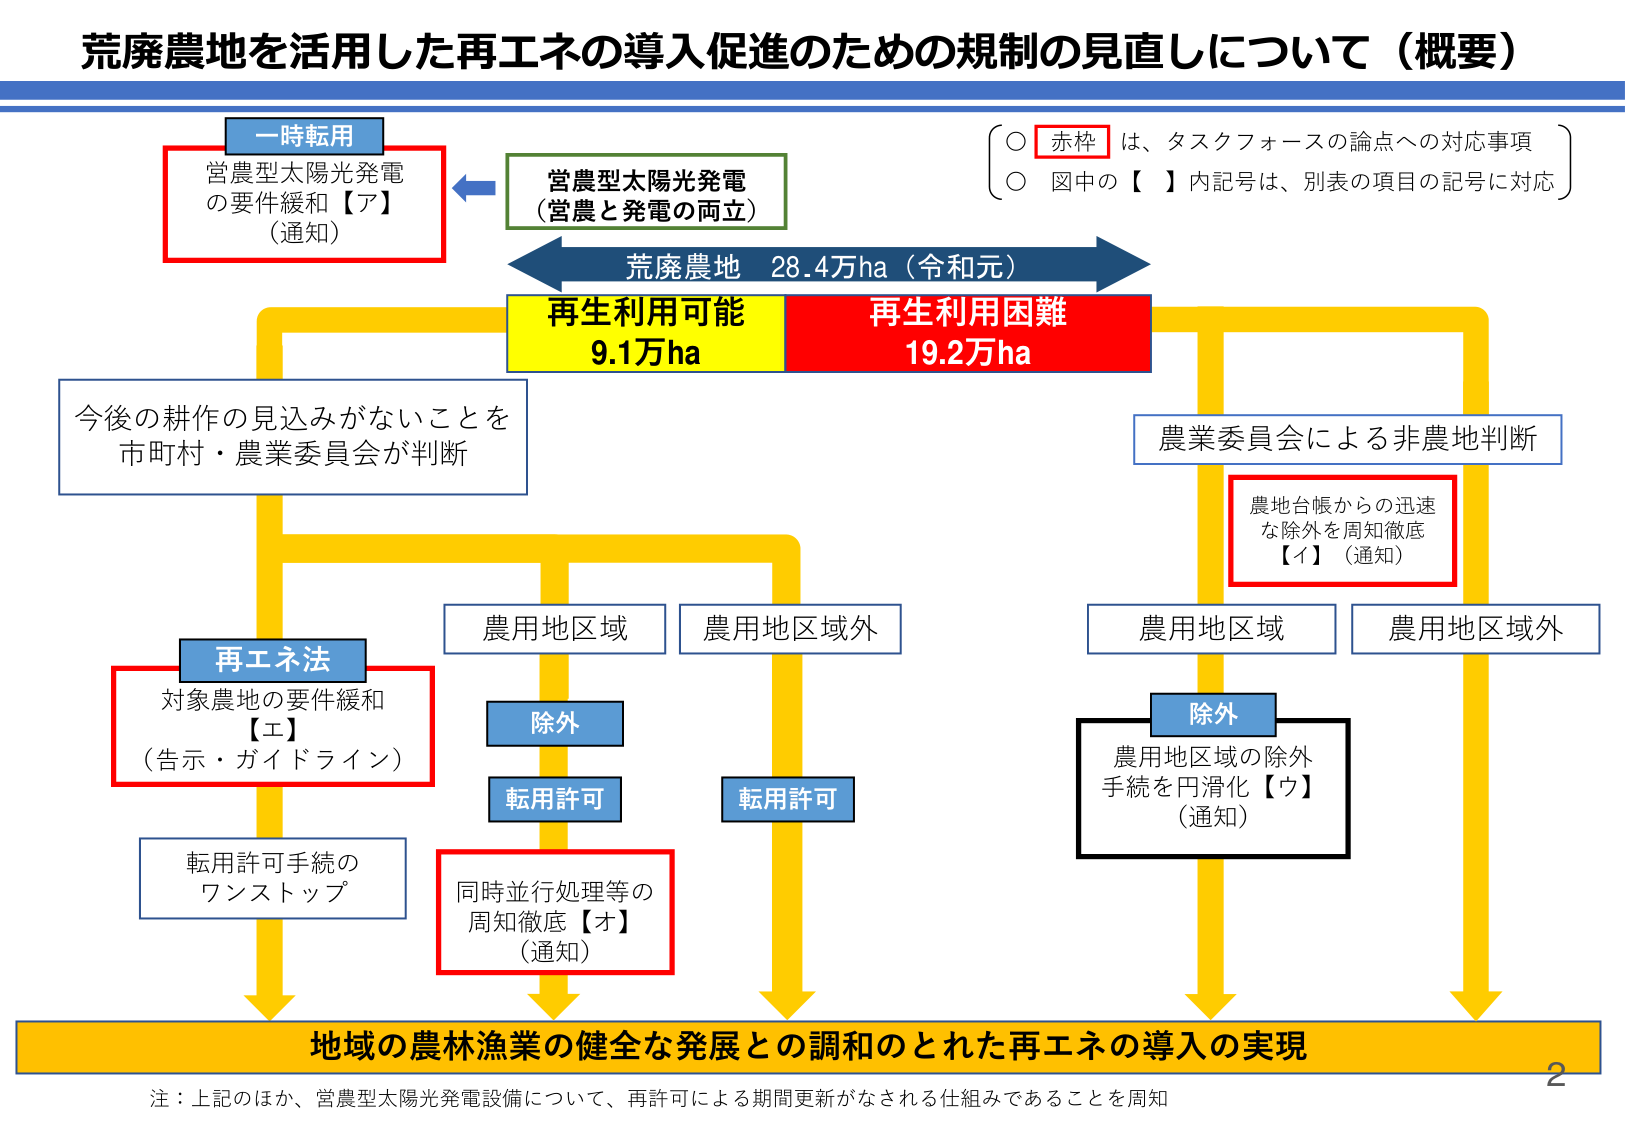
荒廃農地を活用した再エネの導入促進のための規制の見直しについて（概要）

一時転用
営農型太陽光発電
の要件緩和【ア】
（通知）

営農型太陽光発電
（営農と発電の両立）

荒廃農地 28.4万ha（令和元）

再生利用可能
9.1万ha

再生利用困難
19.2万ha

○ 赤枠 は、タスクフォースの論点への対応事項
○ 図中の【 】内記号は、別表の項目の記号に対応

今後の耕作の見込みがないことを
市町村・農業委員会が判断

農業委員会による非農地判断

農地台帳からの迅速
な除外を周知徹底
【イ】（通知）

再エネ法
対象農地の要件緩和
【エ】
（告示・ガイドライン）

転用許可手続の
ワンストップ

農用地区域
除外
転用許可

農用地区域外
転用許可

同時並行処理等の
周知徹底【オ】
（通知）

農用地区域
除外
農用地区域の除外
手続を円滑化【ウ】
（通知）

農用地区域外

地域の農林漁業の健全な発展との調和のとれた再エネの導入の実現

注：上記のほか、営農型太陽光発電設備について、再許可による期間更新がなされる仕組みであることを周知

2